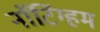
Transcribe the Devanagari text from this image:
नाॅटिंग्हम